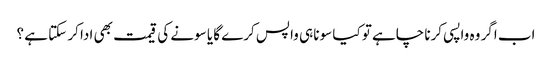
اب اگر وہ واپسی کرنا چاہے تو کیا سونا ہی واپس کرے گا یا سونے کی قیمت بھی ادا کر سکتا ہے ؟